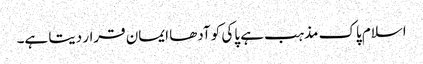
اسلام پاک مذہب ہے پاکی کو آدھا ایمان قرار دیتا ہے۔